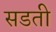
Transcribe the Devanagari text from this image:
सडती